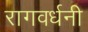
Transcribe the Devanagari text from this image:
रागवर्धनी